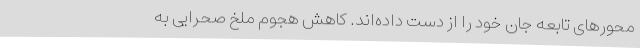
محورهای تابعه جان خود را از دست داده‌اند. کاهش هجوم ملخ صحرایی به